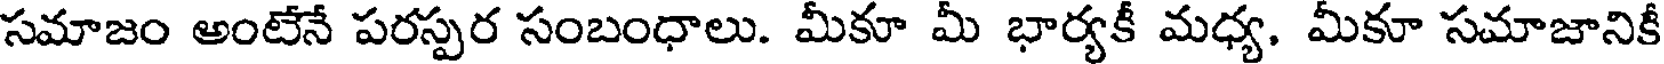
సమాజం అంటేనే పరస్పర సంబంధాలు. మీకూ మీ భార్యకీ మధ్య. మీకూ సమాజానికీ